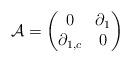
LaTeX: \begin{align*}\mathcal{A}=\begin{pmatrix}0 & \partial_{1}\\\partial_{1,c} & 0\end{pmatrix}\end{align*}